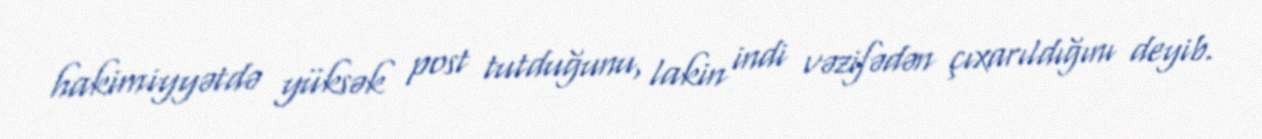
hakimiyyətdə yüksək post tutduğunu, lakin indi vəzifədən çıxarıldığını deyib.